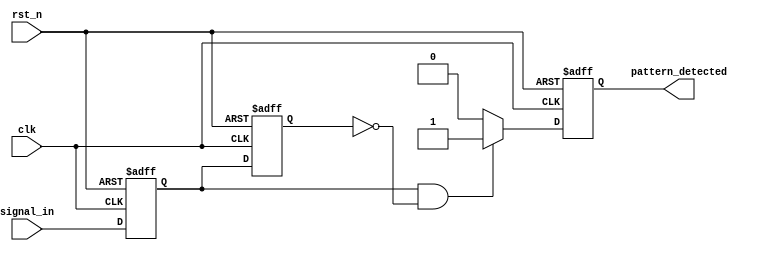
module dual_ff_detector (
    input wire clk,              // Clock signal
    input wire rst_n,            // Active-low reset signal
    input wire signal_in,        // Input signal to be monitored
    output reg pattern_detected   // Output indicating if the desired pattern is detected
);

// Intermediate signals for the flip-flops
reg ff1_out;
reg ff2_out;

// State for the memory block (for demonstration purposes, a simple register to store the detected state)
reg [1:0] memory_block; // 2-bit memory block to store states

// Two D-type flip-flops for synchronization
always @(posedge clk or negedge rst_n) begin
    if (!rst_n) begin
        ff1_out <= 1'b0;    // Reset FF1
    end else begin
        ff1_out <= signal_in; // Capture input signal
    end
end

always @(posedge clk or negedge rst_n) begin
    if (!rst_n) begin
        ff2_out <= 1'b0;    // Reset FF2
    end else begin
        ff2_out <= ff1_out; // Synchronize output of FF1 to FF2
    end
end

// Control logic for pattern detection
always @(posedge clk or negedge rst_n) begin
    if (!rst_n) begin
        pattern_detected <= 1'b0; // Reset pattern detected signal
        memory_block <= 2'b00;     // Reset memory block
    end else begin
        // Example pattern detection: Detecting a rising edge from FF1 to FF2
        if (ff1_out && !ff2_out) begin
            pattern_detected <= 1'b1; // Rising edge detected
            memory_block <= {ff2_out, ff1_out}; // Store the detected state
        end else begin
            pattern_detected <= 1'b0; // No pattern detected
        end
    end
end

endmodule